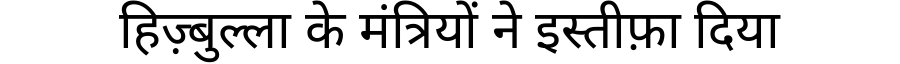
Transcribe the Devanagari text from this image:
हिज़्बुल्ला के मंत्रियों ने इस्तीफ़ा दिया